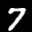
Label: 7